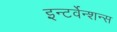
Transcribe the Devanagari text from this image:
इन्टर्वेन्शन्स